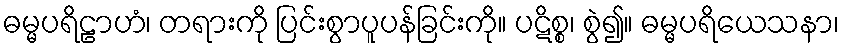
ဓမ္မပရိဠာဟံ၊ တရားကို ပြင်းစွာပူပန်ခြင်းကို။ ပဋိစ္စ၊ စွဲ၍။ ဓမ္မပရိယေသနာ၊